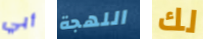
أبي اللهجة لك